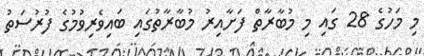
މި މަހުގެ 28 ގައި މި މުބާރާތް ފަށާއިރު މުބާރާތުގައި ބައިވެރިވުމުގެ ފުރުސަތު